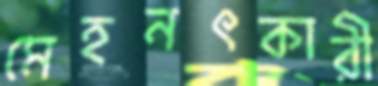
মেহনৎকারী